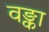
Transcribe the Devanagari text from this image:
वङ्का